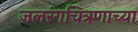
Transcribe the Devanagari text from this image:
जलरंगचित्रणाच्या